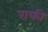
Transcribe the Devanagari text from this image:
राफी